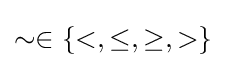
\sim \in \{<,\leq ,\geq ,>\}